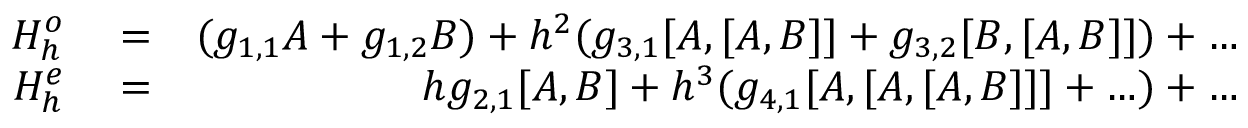
\begin{array} { r l r } { H _ { h } ^ { o } } & { { } = } & { ( g _ { 1 , 1 } A + g _ { 1 , 2 } B ) + h ^ { 2 } ( g _ { 3 , 1 } [ A , [ A , B ] ] + g _ { 3 , 2 } [ B , [ A , B ] ] ) + \ldots } \\ { H _ { h } ^ { e } } & { { } = } & { h g _ { 2 , 1 } [ A , B ] + h ^ { 3 } ( g _ { 4 , 1 } [ A , [ A , [ A , B ] ] ] + \ldots ) + \ldots } \end{array}